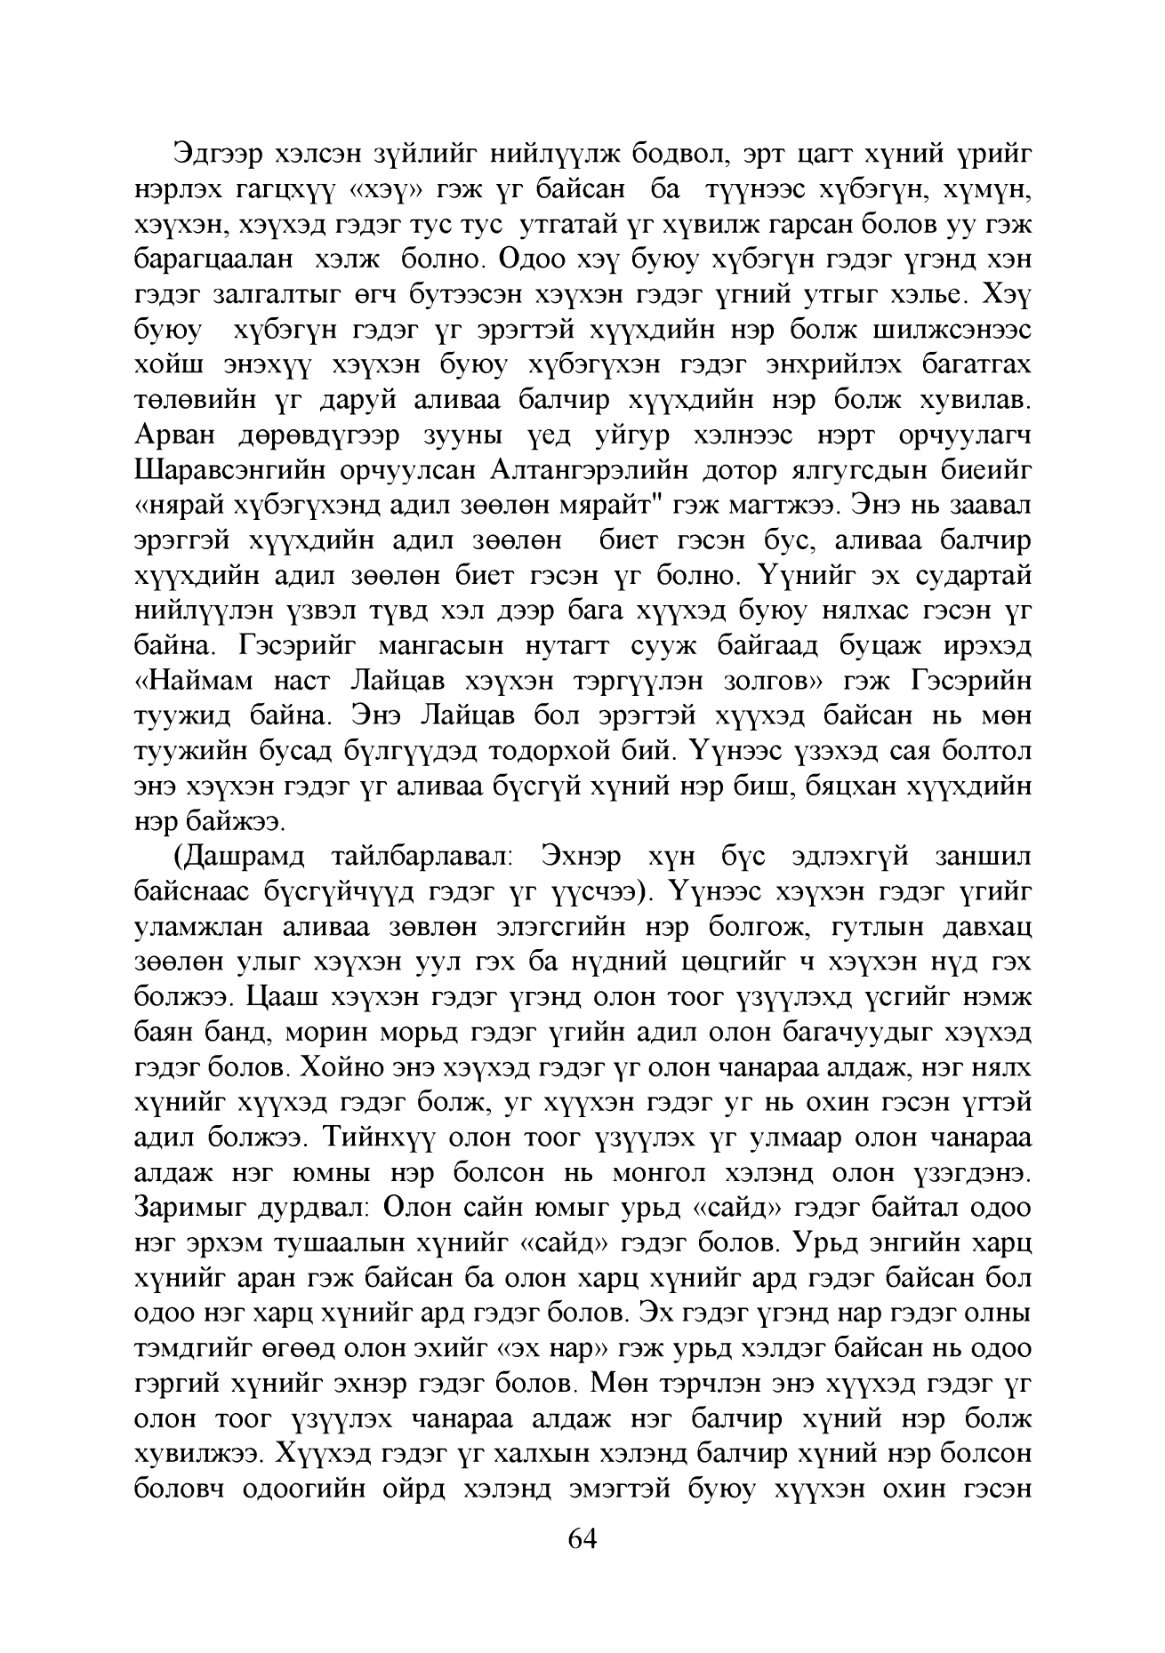
Language: mn